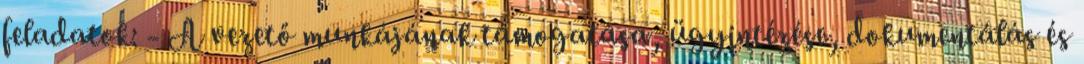
feladatok: - A vezető munkájának támogatása, ügyintézése, dokumentálás és